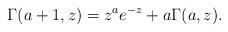
LaTeX: \begin{align*}\Gamma(a+1,z)=z^a e^{-z}+a\Gamma(a,z).\end{align*}